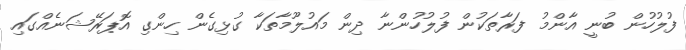
ފުލުހުން ބުނީ އާންމު ފަރާތަކުން ފުލުހުންނާ ދިން މައުލޫމާތަކާ ގުޅިގެން ހިންގި އޮޕަރޭޝަނެއްގައި